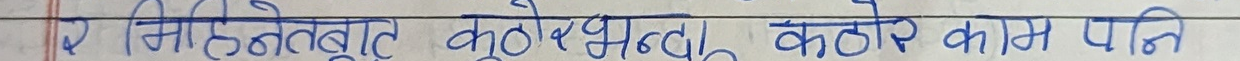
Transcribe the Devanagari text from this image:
र मिहिनेताबूत कुलो घड्यो कठोर काम पानी